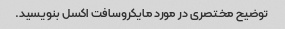
توضیح مختصری در مورد مایکروسافت اکسل بنویسید.